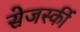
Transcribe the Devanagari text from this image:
सेजर्स्की